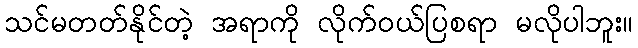
သင်မတတ်နိုင်တဲ့ အရာကို လိုက်ဝယ်ပြစရာ မလိုပါဘူး။